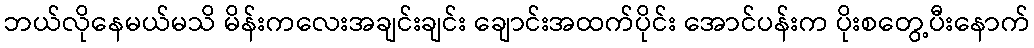
ဘယ်လိုနေမယ်မသိ မိန်းကလေးအချင်းချင်း ချောင်းအထက်ပိုင်း အောင်ပန်းက ပိုးစတွေ့ပီးနောက်